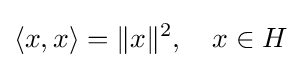
\langle x,x\rangle =\|x\|^{2},\quad x\in H